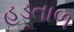
હડતાળ